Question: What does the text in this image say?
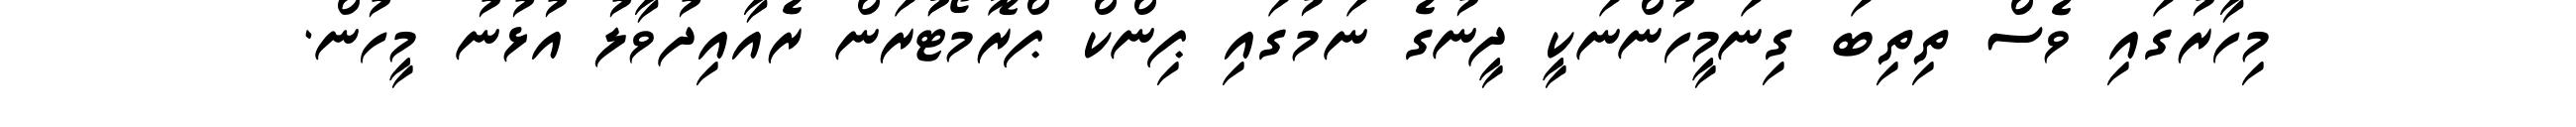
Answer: މިހާރުގައި ވެސް ތިތިބަ ގިނަމީހުންނަކީ ދީނުގެ ނަމުގައި ޕިންކް ޕްރޮމޯޓުުރަން ރެއާއިދުވާލު އުޅުނު މީހުން.